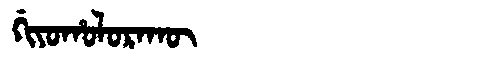
Manchu: ᡤᡳᠶᠣᡥᠣᠯᠣᡵᠠᡴᡡ
Romanization: GIYOHOLORAKŪ